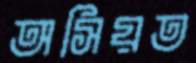
অসিয়ত